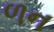
ળન